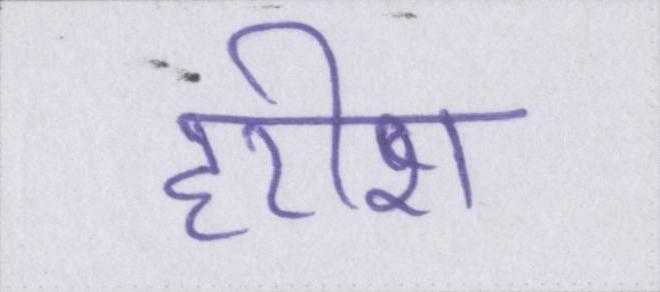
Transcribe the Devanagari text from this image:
हरीश